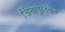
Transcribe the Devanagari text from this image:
सिंगापुरियन